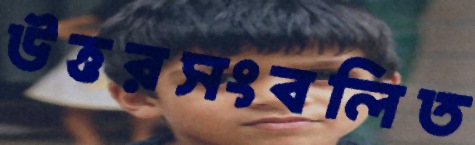
উত্তরসংবলিত